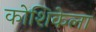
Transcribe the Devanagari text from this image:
कोशिकेला